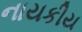
નાયકીય